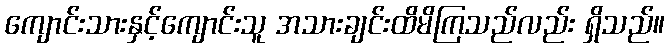
ကျောင်းသားနှင့်ကျောင်းသူ အသားချင်းထိမိကြသည်လည်း ရှိသည်။